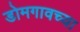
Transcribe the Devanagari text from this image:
डोमगावच्या